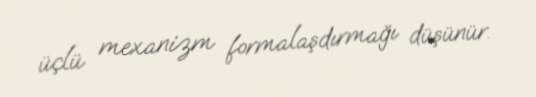
üçlü mexanizm formalaşdırmağı düşünür.